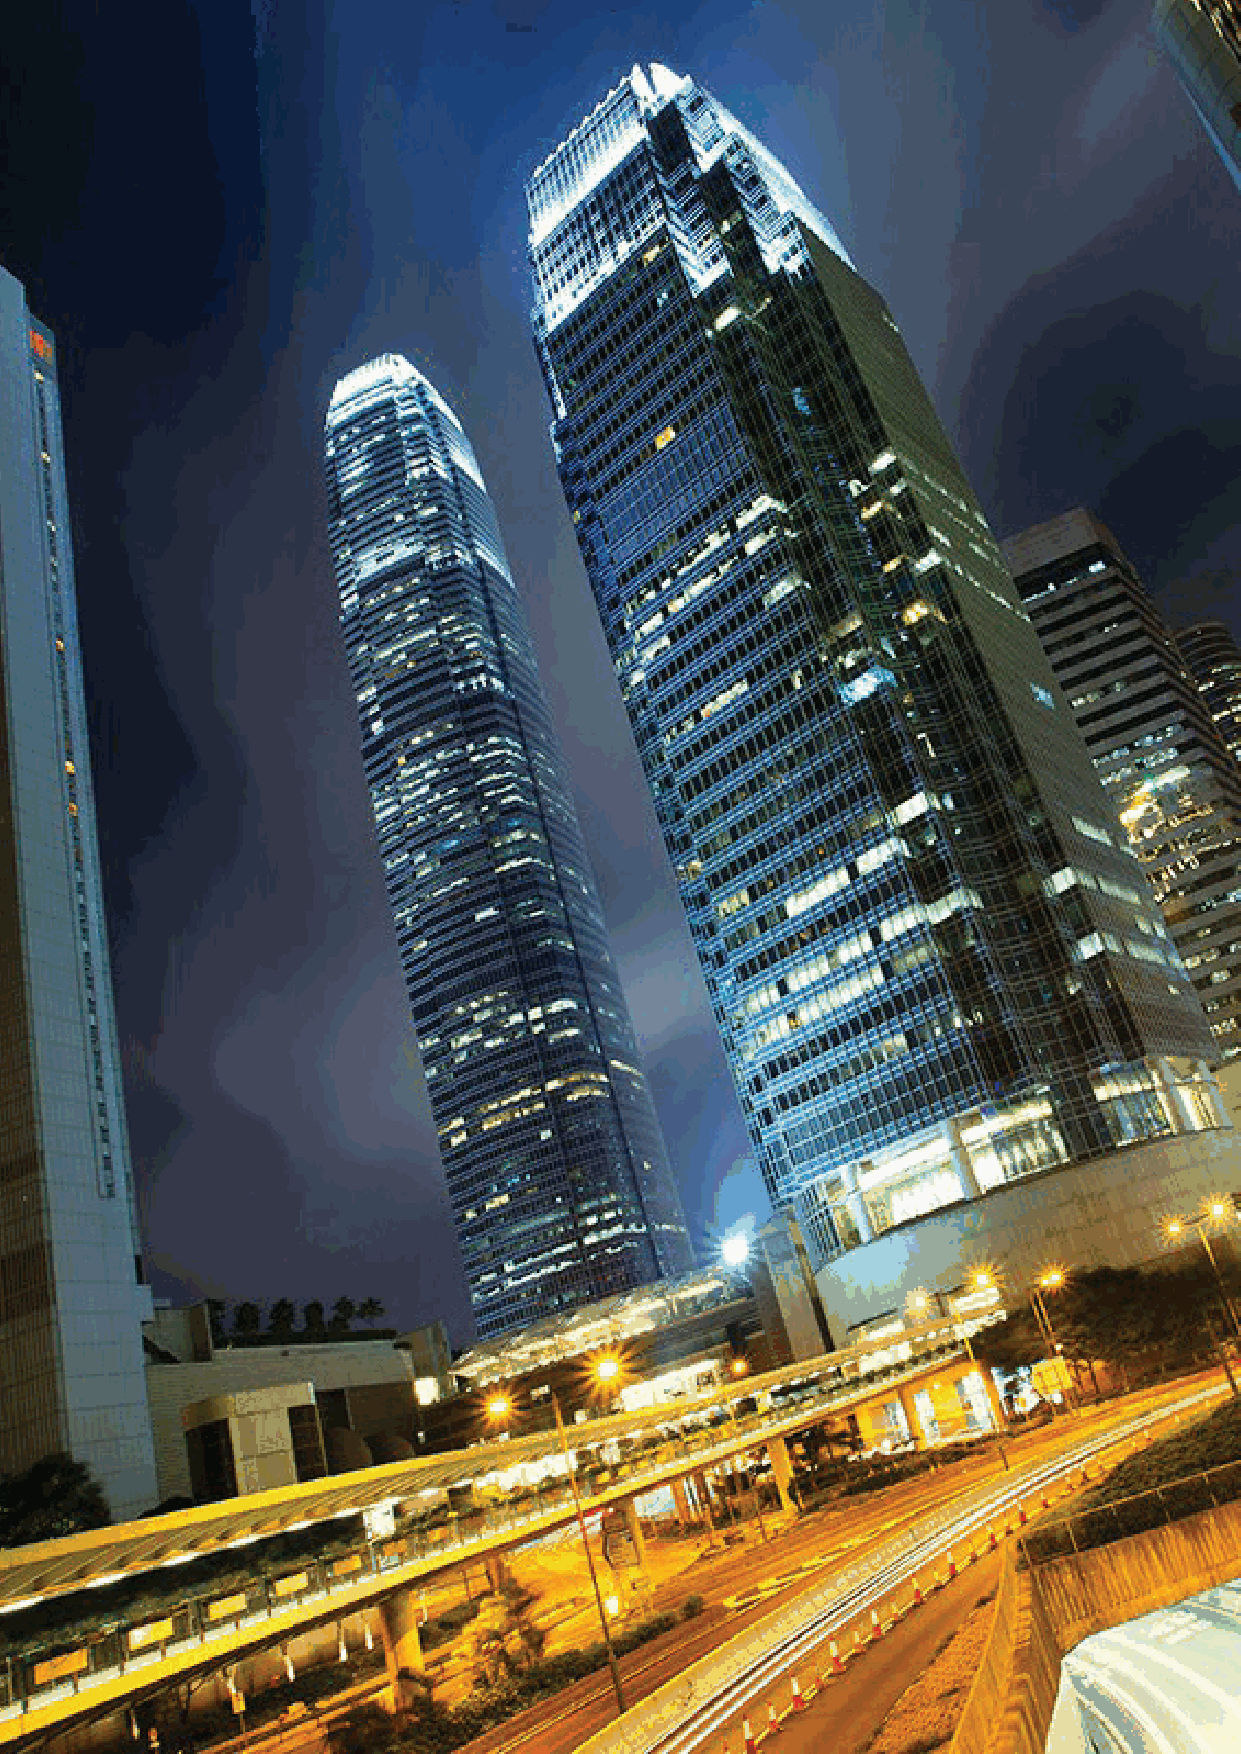
78                                                              F-27878-10